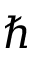
\hbar